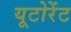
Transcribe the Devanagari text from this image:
यूटोरेंट